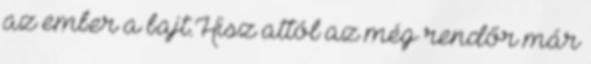
az ember a bajt.Hisz attól az még rendőr már